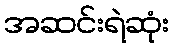
အဆင်းရဲဆုံး